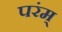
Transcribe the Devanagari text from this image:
परंम्